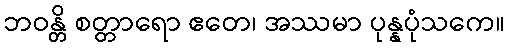
ဘဝန္တိ စတ္တာရော ဧတေ၊ အဿမာ ပုန္နပုံသကေ။